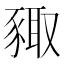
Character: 𧱛